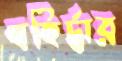
বহির্দ্বার